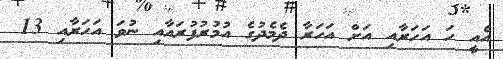
އެއީ ހަ އަހަރާއި އަށް އަހަރާ ދެމެދުގެ އުމުރުފުރައާއި ނުވަ އަހަރާއި 13